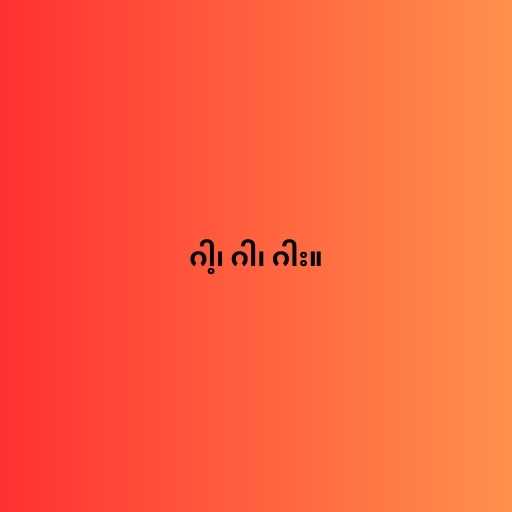
ဂါ့၊ ဂါ၊ ဂါး။